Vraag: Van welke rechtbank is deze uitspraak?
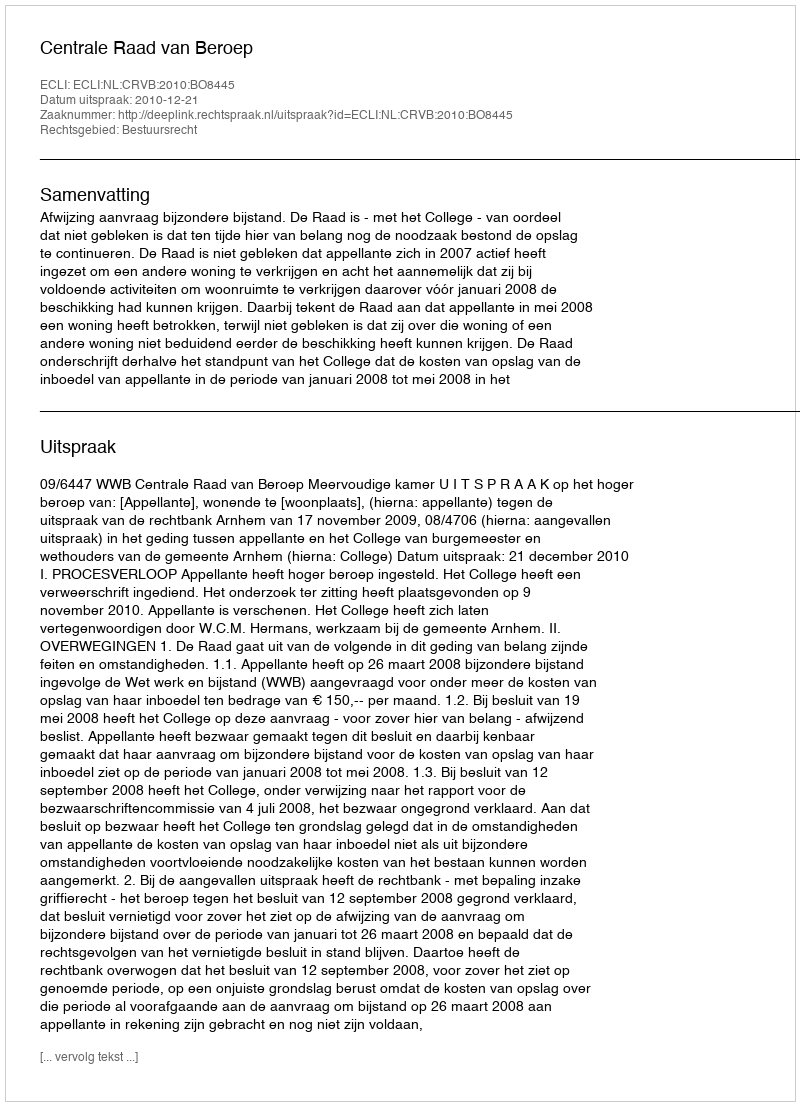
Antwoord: Centrale Raad van Beroep